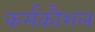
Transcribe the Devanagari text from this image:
कर्मकौशल